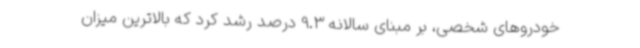
خودروهای شخصی، بر مبنای سالانه 9.3 درصد رشد کرد که بالاترین میزان